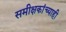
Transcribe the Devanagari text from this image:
समीक्षकांच्याही